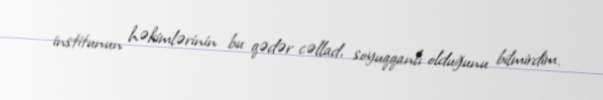
institunun həkimlərinin bu qədər cəllad, soyuqqanlı olduğunu bilmirdim.